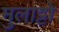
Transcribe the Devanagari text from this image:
मुलाट्टो